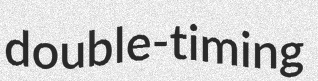
double-timing